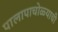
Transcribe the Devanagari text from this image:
पालापाचोळ्याची